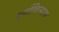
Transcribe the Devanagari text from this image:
वर्णाविन्यास